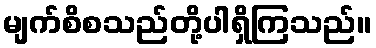
မျက်စိစသည်တို့ပါရှိကြသည်။